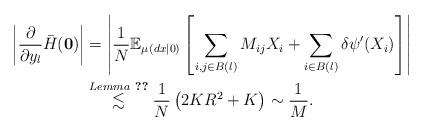
LaTeX: \begin{align*}\left| \frac{\partial}{\partial y_l } \bar{H}_{} (\mathbf{0}) \right| &= \left| \frac{1}{N}\mathbb{E}_{\mu_{}(dx|0)}\left[ \sum_{i, j \in B(l)} M_{ij}X_i + \sum_{i \in B(l)} \delta \psi ' (X_i)\right] \right| \\& \overset{Lemma~\ref{l_ce_moment_estimate}}{\lesssim} \frac{1}{N} \left( 2KR^2 + K \right) \sim \frac{1}{M}.\end{align*}